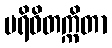
ပရိဝိတက္ကိတာ